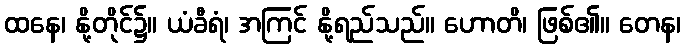
ထနေ၊ နို့တိုင်၌။ ယံခီရံ၊ အကြင် နို့ရည်သည်။ ဟောတိ၊ ဖြစ်၏။ တေန၊